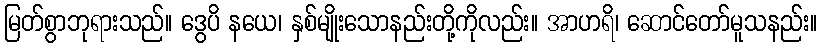
မြတ်စွာဘုရားသည်။ ဒွေပိ နယေ၊ နှစ်မျိုးသောနည်းတို့ကိုလည်း။ အာဟရိ၊ ဆောင်တော်မူသနည်း။